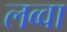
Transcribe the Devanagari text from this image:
लव्वा